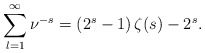
\begin{align*}\sum_{l=1}^\infty\nu^{-s}=\left(2^s-1\right)\zeta(s)-2^s.\end{align*}